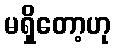
မရှိတော့ဟု